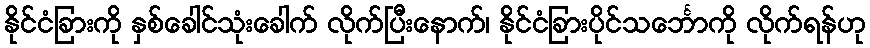
နိုင်ငံခြားကို နှစ်ခေါင်သုံးခေါက် လိုက်ပြီးနောက်၊ နိုင်ငံခြားပိုင်သင်္ဘောကို လိုက်ရန်ဟု